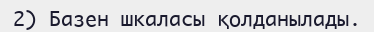
2) Базен шкаласы қолданылады.